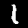
Label: 1